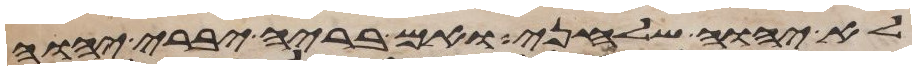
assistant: לא יהוה שלחני ואם בריה יברא יהוה